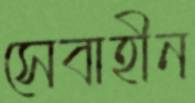
সেবাহীন